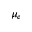
\mu _ { e }